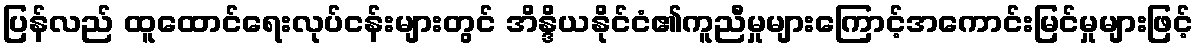
ပြန်လည် ထူထောင်ရေးလုပ်ငန်းများတွင် အိန္ဒိယနိုင်ငံ၏ကူညီမှုများကြောင့်အကောင်းမြင်မှုများဖြင့်